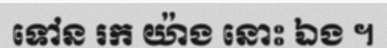
ទៅន រក យ៉ាង នោះ ឯង ។